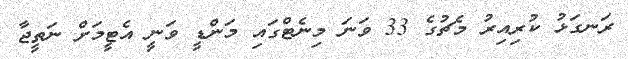
ރަނގަޅު ކުރިއިރު މެޗުގެ 33 ވަނަ މިނެޓްގައި މަންޑީ ވަނީ އެޓީމަށް ނަތީޖާ